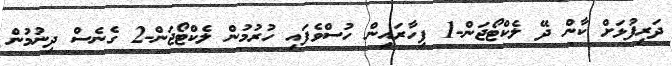
ދަރިފުޅަށް ކާން ދޭ ލެކްޓޯޖަން-1 ފިހާރައިން ހުސްވެފައި ހުރުމުން ލެކްޓޯޖަން-2 ގެނެސް ދިނުމުން